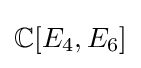
\mathbb {C} [E_{4},E_{6}]